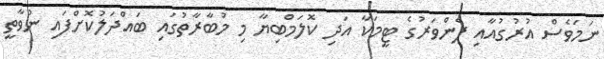
ނަމަވެސް އުރުގުއާއި ފެންވަރުގެ ޓީމަކާ އަދި ކޮލަމްބިޔާ މި މުބާރާތުގައި ބައްދަލުކޮށްފައި ނުވާތީ